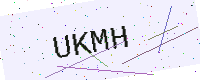
Text: UKMH